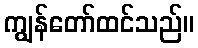
ကျွန်တော်ထင်သည်။